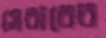
সেবারের